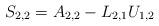
LaTeX: \begin{align*}S_{2,2} = A_{2,2} - L_{2,1} U_{1,2}\end{align*}